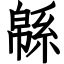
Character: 緜